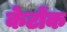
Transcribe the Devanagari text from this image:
केटोंक